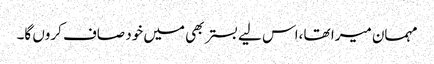
مہمان میرا تھا ،اس لیے بستر بھی میں خود صاف کروں گا۔